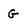
Character: G